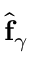
\hat { \mathbf { f } } _ { \gamma }